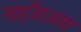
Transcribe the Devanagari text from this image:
नाहीतअशा